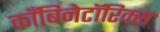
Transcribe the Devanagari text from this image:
काँबिनेटॉरिक्स